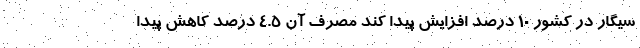
سیگار در کشور ۱۰ درصد افزایش پیدا کند مصرف آن ۴.۵ درصد کاهش پیدا